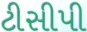
ટીસીપી